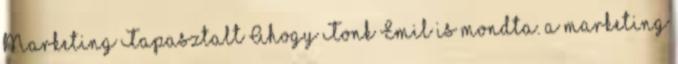
Marketing Tapasztalt Ahogy Tonk Emil is mondta. a marketing